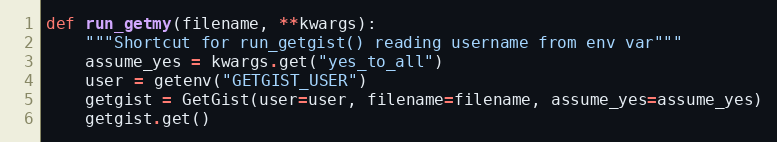
Language: Python
def run_getmy(filename, **kwargs):
    """Shortcut for run_getgist() reading username from env var"""
    assume_yes = kwargs.get("yes_to_all")
    user = getenv("GETGIST_USER")
    getgist = GetGist(user=user, filename=filename, assume_yes=assume_yes)
    getgist.get()